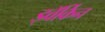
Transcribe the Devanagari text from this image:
ड्वॅर्किन